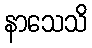
နာသေသိ